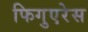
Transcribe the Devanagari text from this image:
फिगुएरेस